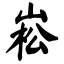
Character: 崧